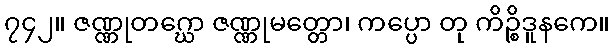
၇၄၂။ ဇဏ္ဏုတဂ္ဃော ဇဏ္ဏုမတ္တော၊ ကပ္ပော တု ကိဉ္စိဒူနကေ။